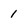
Character: 1